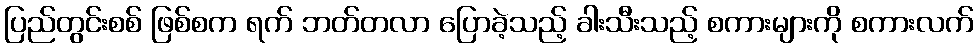
ပြည်တွင်းစစ် ဖြစ်စက ရက် ဘတ်တလာ ပြောခဲ့သည့် ခါးသီးသည့် စကားများကို စကားလက်